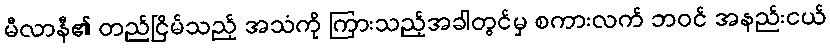
မီလာနီ၏ တည်ငြိမ်သည့် အသံကို ကြားသည့်အခါတွင်မှ စကားလက် ဘဝင် အနည်းငယ်